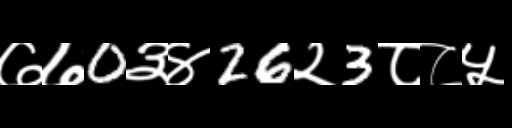
Text: ७७0३४26२3८८५